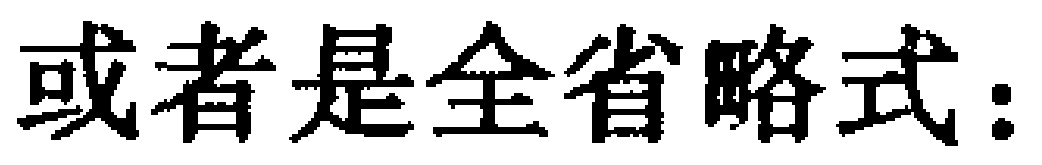
或者是全省略式：